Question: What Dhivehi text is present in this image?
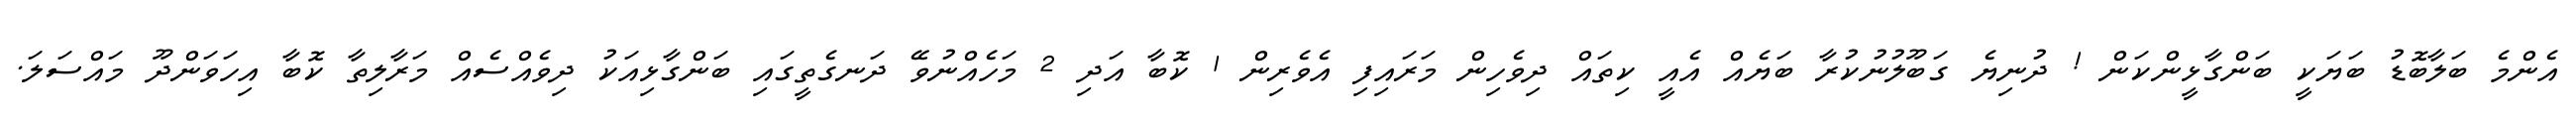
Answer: އެންމެ ބަލާބޮޑު ބަޔަކީ ބަންގާޅީންކަން ! ދުނިޔެ ގަބޫލުނުކުރާ ބަޔެއް އެއީ ކިތައް ދިވެހިން މަރައިފި އެވެރިން 1 ކޮބާ އަދި 2 މަހެއްނުވޭ ދަނގެތީގައި ބަންގާޅިއަކު ދިވެއްސެއް މަރާލިތާ ކޮބާ އިހަވަންދޫ މައްސަލަ.